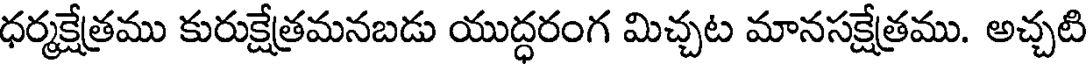
ధర్మక్షేత్రము కురుక్షేత్రమనబడు యుద్ధరంగ మిచ్చట మానసక్షేత్రము. అచ్చటి